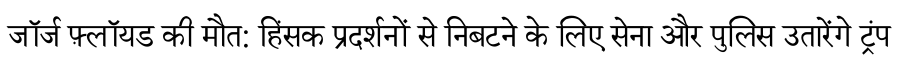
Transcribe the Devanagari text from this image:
जॉर्ज फ़्लॉयड की मौत: हिंसक प्रदर्शनों से निबटने के लिए सेना और पुलिस उतारेंगे ट्रंप